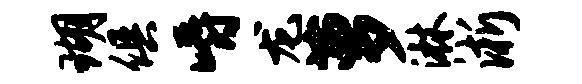
瑚俱嚼龙萝淋淅